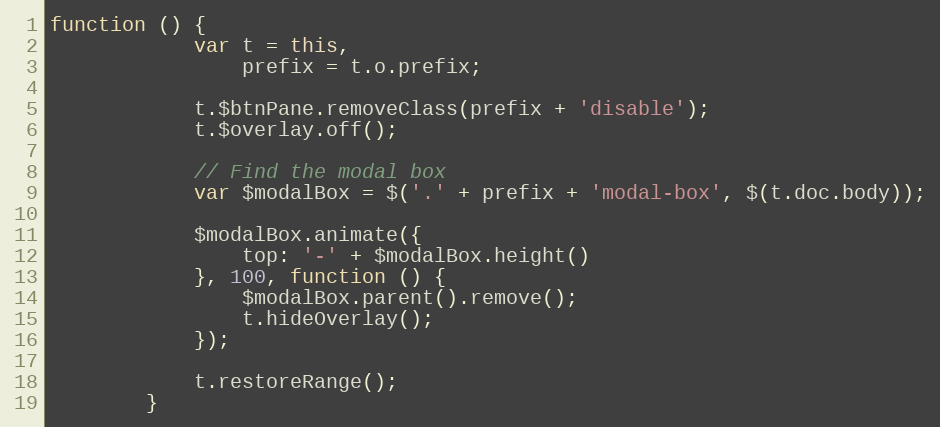
Language: JavaScript
function () {
            var t = this,
                prefix = t.o.prefix;

            t.$btnPane.removeClass(prefix + 'disable');
            t.$overlay.off();

            // Find the modal box
            var $modalBox = $('.' + prefix + 'modal-box', $(t.doc.body));

            $modalBox.animate({
                top: '-' + $modalBox.height()
            }, 100, function () {
                $modalBox.parent().remove();
                t.hideOverlay();
            });

            t.restoreRange();
        }